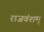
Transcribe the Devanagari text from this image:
राजवंशम्